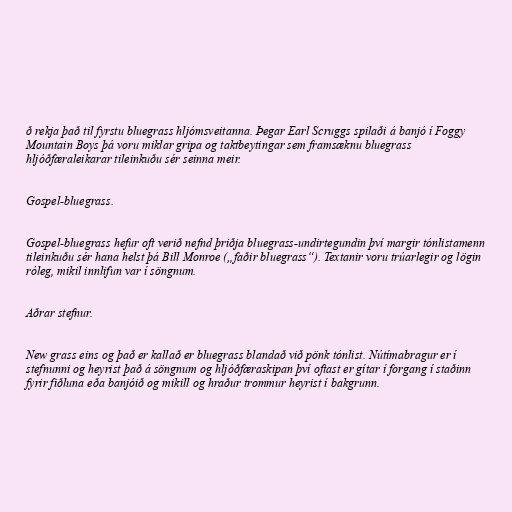
ð rekja það til fyrstu bluegrass hljómsveitanna. Þegar Earl Scruggs spilaði á banjó í Foggy
Mountain Boys þá voru miklar gripa og taktbeytingar sem framsæknu bluegrass
hljóðfæraleikarar tileinkuðu sér seinna meir.

Gospel-bluegrass.

Gospel-bluegrass hefur oft verið nefnd þriðja bluegrass-undirtegundin því margir tónlistamenn
tileinkuðu sér hana helst þá Bill Monroe („faðir bluegrass“). Textanir voru trúarlegir og lögin
róleg, mikil innlifun var í söngnum.

Aðrar stefnur.

New grass eins og það er kallað er bluegrass blandað við pönk tónlist. Nútímabragur er í
stefnunni og heyrist það á söngnum og hljóðfæraskipan því oftast er gítar í forgang í staðinn
fyrir fiðluna eða banjóið og mikill og hraður trommur heyrist í bakgrunn.